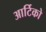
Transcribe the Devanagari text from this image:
आर्टिको